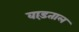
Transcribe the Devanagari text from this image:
वाड़ताल